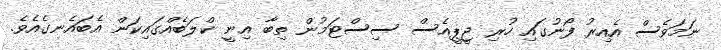
ނަމަވެސް އެއިރު ފޯނުގައި ހުރި ޖީޕީއެސް ސިސްޓަމުން ތިބާ އިނީ ކްލަބެއްގައިކަން އެބައެނގެއެވެ.